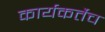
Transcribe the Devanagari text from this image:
कार्यकर्तेच